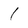
Character: 1